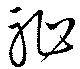
耻